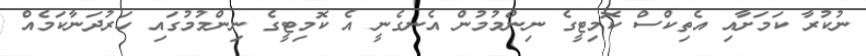
ނުކުރާ ކަމަށާއި އެތިކްސް ކޮމިޓީގެ ނިންމުމުން އެނގެނީ އެ ކޮމިޓީގެ ނިންމުމުގައި ހަރުދަނާކަމެއް